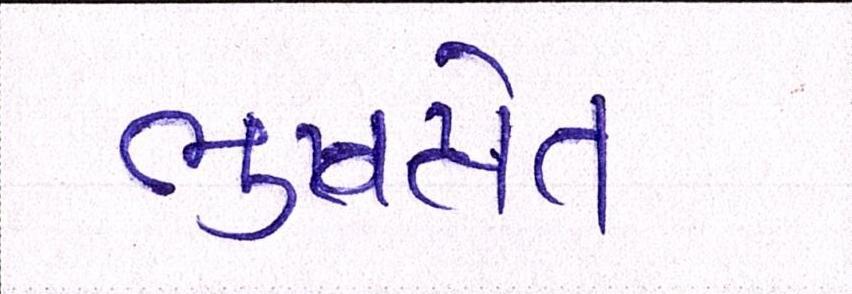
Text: ભુતપ્રેત